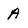
Character: A